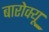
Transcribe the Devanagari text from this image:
बारोक्यू